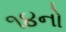
૧૪નો